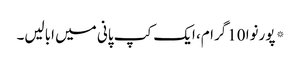
* پورنوا 10گرام، ایک کپ پانی میں ابالیں۔